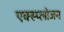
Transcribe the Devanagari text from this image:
एक्स्प्लोजन